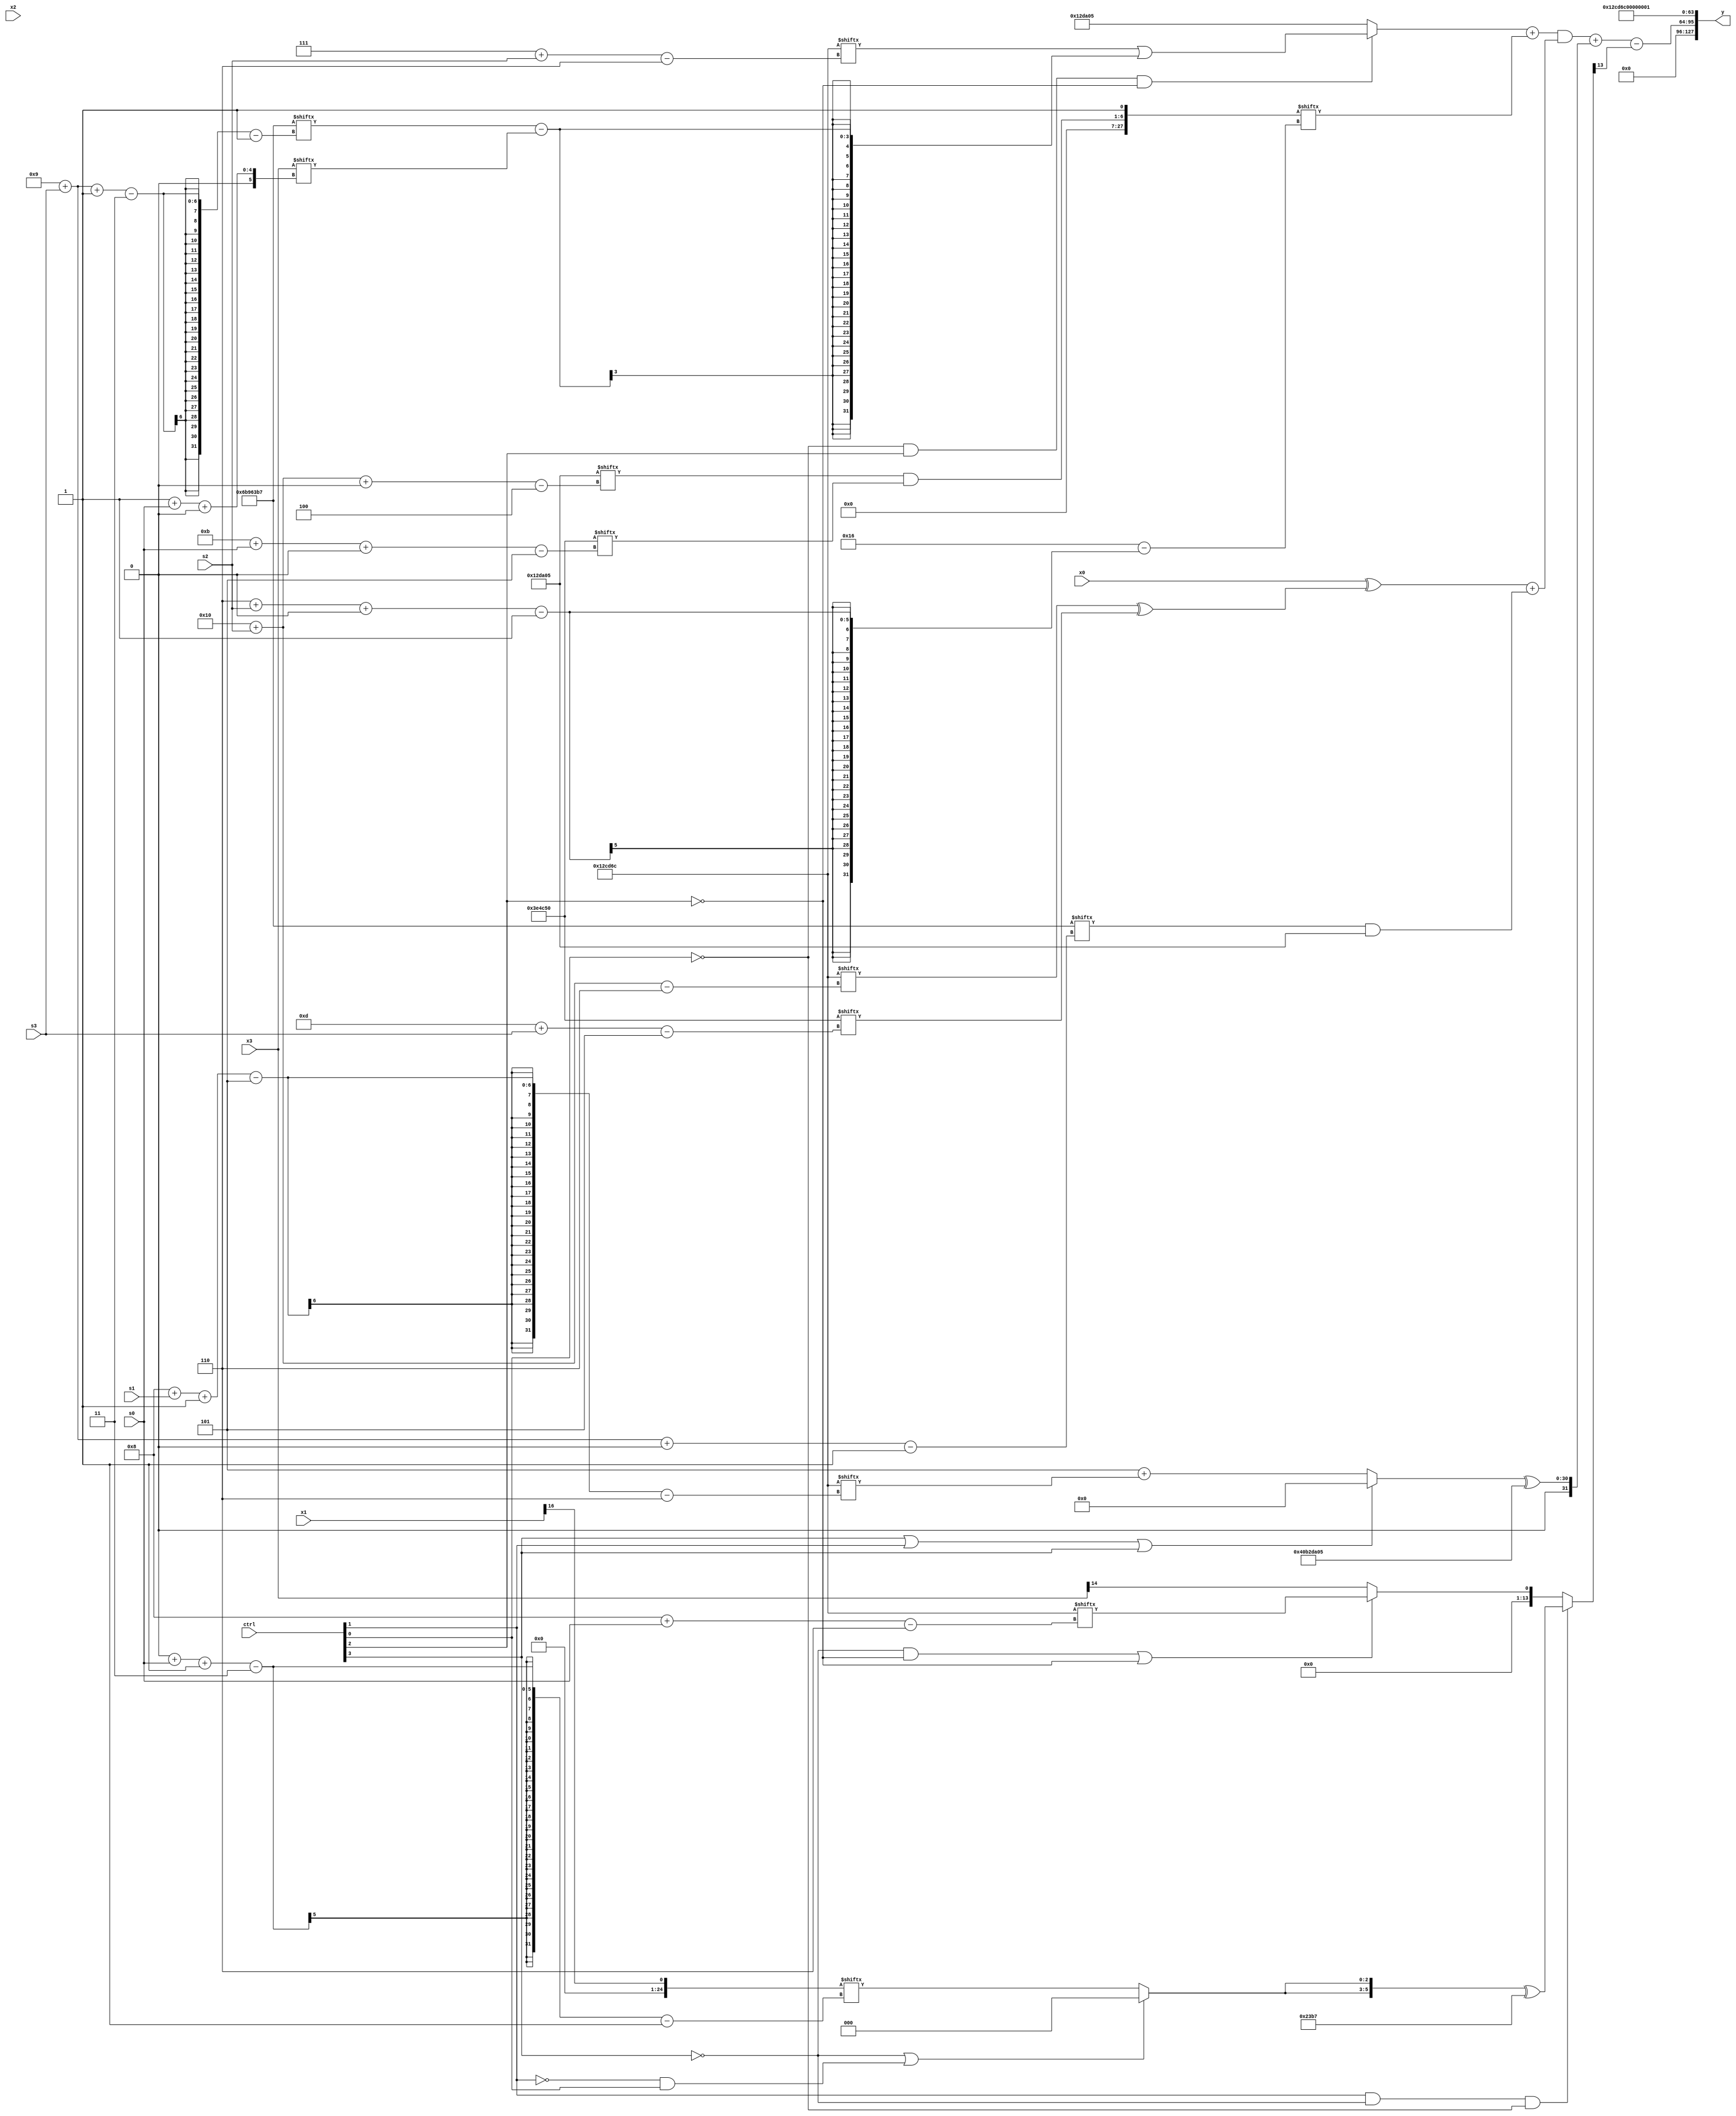
module partsel_00085(ctrl, s0, s1, s2, s3, x0, x1, x2, x3, y);
  input [3:0] ctrl;
  input [2:0] s0;
  input [2:0] s1;
  input [2:0] s2;
  input [2:0] s3;
  input [31:0] x0;
  input signed [31:0] x1;
  input signed [31:0] x2;
  input signed [31:0] x3;
  wire signed [25:1] x4;
  wire [7:27] x5;
  wire signed [6:30] x6;
  wire signed [24:3] x7;
  wire [27:3] x8;
  wire signed [4:24] x9;
  wire [1:28] x10;
  wire [30:6] x11;
  wire signed [2:31] x12;
  wire signed [27:3] x13;
  wire signed [2:28] x14;
  wire [28:6] x15;
  output [127:0] y;
  wire signed [31:0] y0;
  wire [31:0] y1;
  wire [31:0] y2;
  wire signed [31:0] y3;
  assign y = {y0,y1,y2,y3};
  localparam [30:6] p0 = 538103148;
  localparam [24:4] p1 = 246602245;
  localparam signed [27:1] p2 = 381248439;
  localparam [26:5] p3 = 289295440;
  assign x4 = x1[16];
  assign x5 = (ctrl[2] && ctrl[2] || !ctrl[1] ? {p2[16], {2{x1[18 -: 3]}}} : x3[14 + s0]);
  assign x6 = (((x3 - (x2[13 + s2 +: 6] ^ {2{x3[12 +: 3]}})) - {2{p3[17 + s0 +: 4]}}) | (!ctrl[2] && ctrl[0] && ctrl[1] ? ({2{(!ctrl[2] || !ctrl[0] && ctrl[2] ? x0[3 + s3 -: 2] : x2[16 -: 2])}} | {2{{p0[13 + s3 -: 2], p3[17]}}}) : p3[28 + s0 +: 2]));
  assign x7 = (ctrl[1] && !ctrl[3] && !ctrl[0] ? ({2{(!ctrl[3] || !ctrl[1] && ctrl[0] ? p0[10] : x4[0 + s0 -: 3])}} ^ p2) : (!ctrl[3] && !ctrl[2] || !ctrl[2] ? p0[8 + s0] : x3[14 -: 1]));
  assign x8 = (x3[22] - {((x4[8 + s2] - (p2 | x0)) - x2[19 + s1 +: 6]), ((p3[13 +: 4] + {2{p1}}) | p0)});
  assign x9 = x5[6 + s1];
  assign x10 = {(p1[16 + s2 +: 4] & p3[11 + s0 +: 6]), p1[15]};
  assign x11 = {2{((p1[18 +: 3] | ({2{x10[10]}} - {p1[8], (x5[12 + s1 -: 4] - p1)})) | {x5[16 +: 1], (p3[19 + s2] | {x3, p3[12 +: 3]})})}};
  assign x12 = (p1[11 + s0] & x0[22 -: 2]);
  assign x13 = {2{x3[28 + s2 +: 7]}};
  assign x14 = x0[27 + s3 +: 1];
  assign x15 = p2[9 +: 2];
  assign y0 = x9[14];
  assign y1 = (((((!ctrl[0] && ctrl[2] && !ctrl[2] ? (p0[7 + s2] | (p2[9 + s3 -: 3] - x3[1 + s0 +: 2])) : p1) + x10[6 + s2 +: 6]) & ({x9[9], (x0 ^ (p0[16 + s2] ^ p3[13 + s3]))} + (p2[9 + s3 +: 2] & p1))) + ((ctrl[3] || ctrl[1] || ctrl[3] ? x15[23 -: 1] : (p0[15 -: 4] + p0[8 + s1 -: 5])) ^ {2{p1}})) - x7[16]);
  assign y2 = p0;
  assign y3 = p0[14];
endmodule